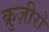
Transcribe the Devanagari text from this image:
क्रुज़ीरो